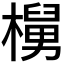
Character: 𬄵